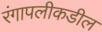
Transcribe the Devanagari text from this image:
रंगापलीकडील